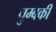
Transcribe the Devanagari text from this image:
चुम्बकी